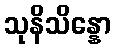
သုနိသိန္နော